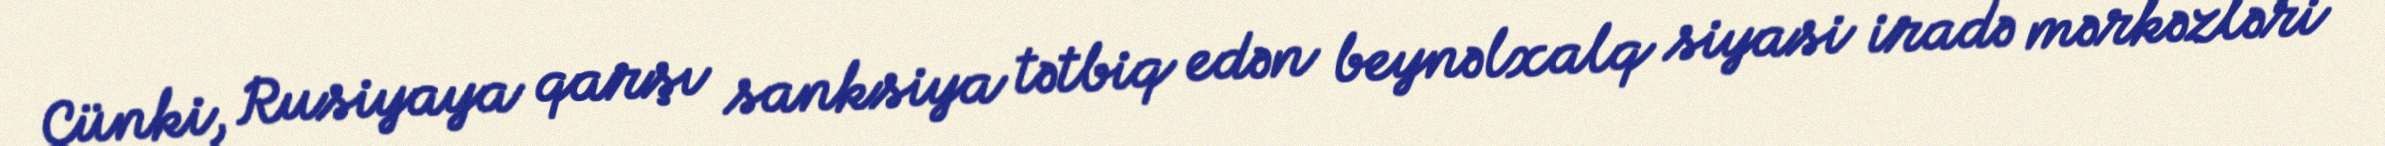
Çünki, Rusiyaya qarşı sanksiya tətbiq edən beynəlxalq siyasi iradə mərkəzləri